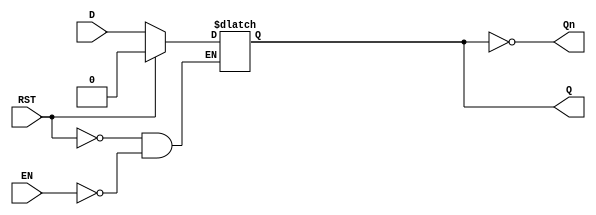
module LatchRegister (
    input wire D,          // Data Input
    input wire EN,        // Enable Signal
    input wire RST,       // Asynchronous Reset
    output reg Q,         // Output
    output wire Qn        // Inverted Output
);

    // Inverted Output
    assign Qn = ~Q;

    // Latch behavior
    always @(*) begin
        if (RST) begin
            Q <= 1'b0;     // Reset the latch to 0
        end else if (EN) begin
            Q <= D;        // Capture the Data Input when enabled
        end // If EN is low, Q retains its previous value
    end

endmodule